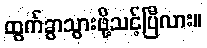
ထွက်ခွာသွားဖို့သင့်ပြီလား။